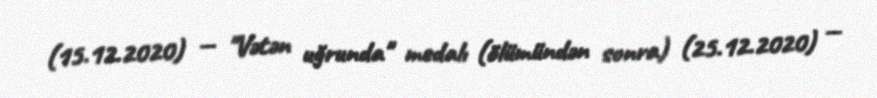
(15.12.2020) — "Vətən uğrunda" medalı (ölümündən sonra) (25.12.2020) —